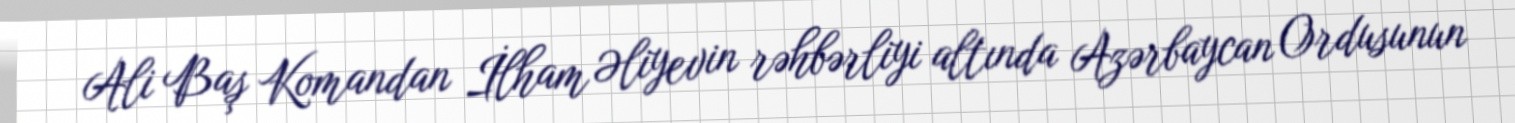
Ali Baş Komandan İlham Əliyevin rəhbərliyi altında Azərbaycan Ordusunun